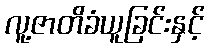
လူ့ဇာတိခံယူခြင်းနှင့်